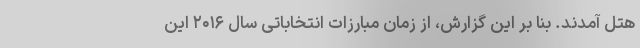
هتل آمدند. بنا بر این گزارش، از زمان مبارزات انتخاباتی سال ۲۰۱۶ این